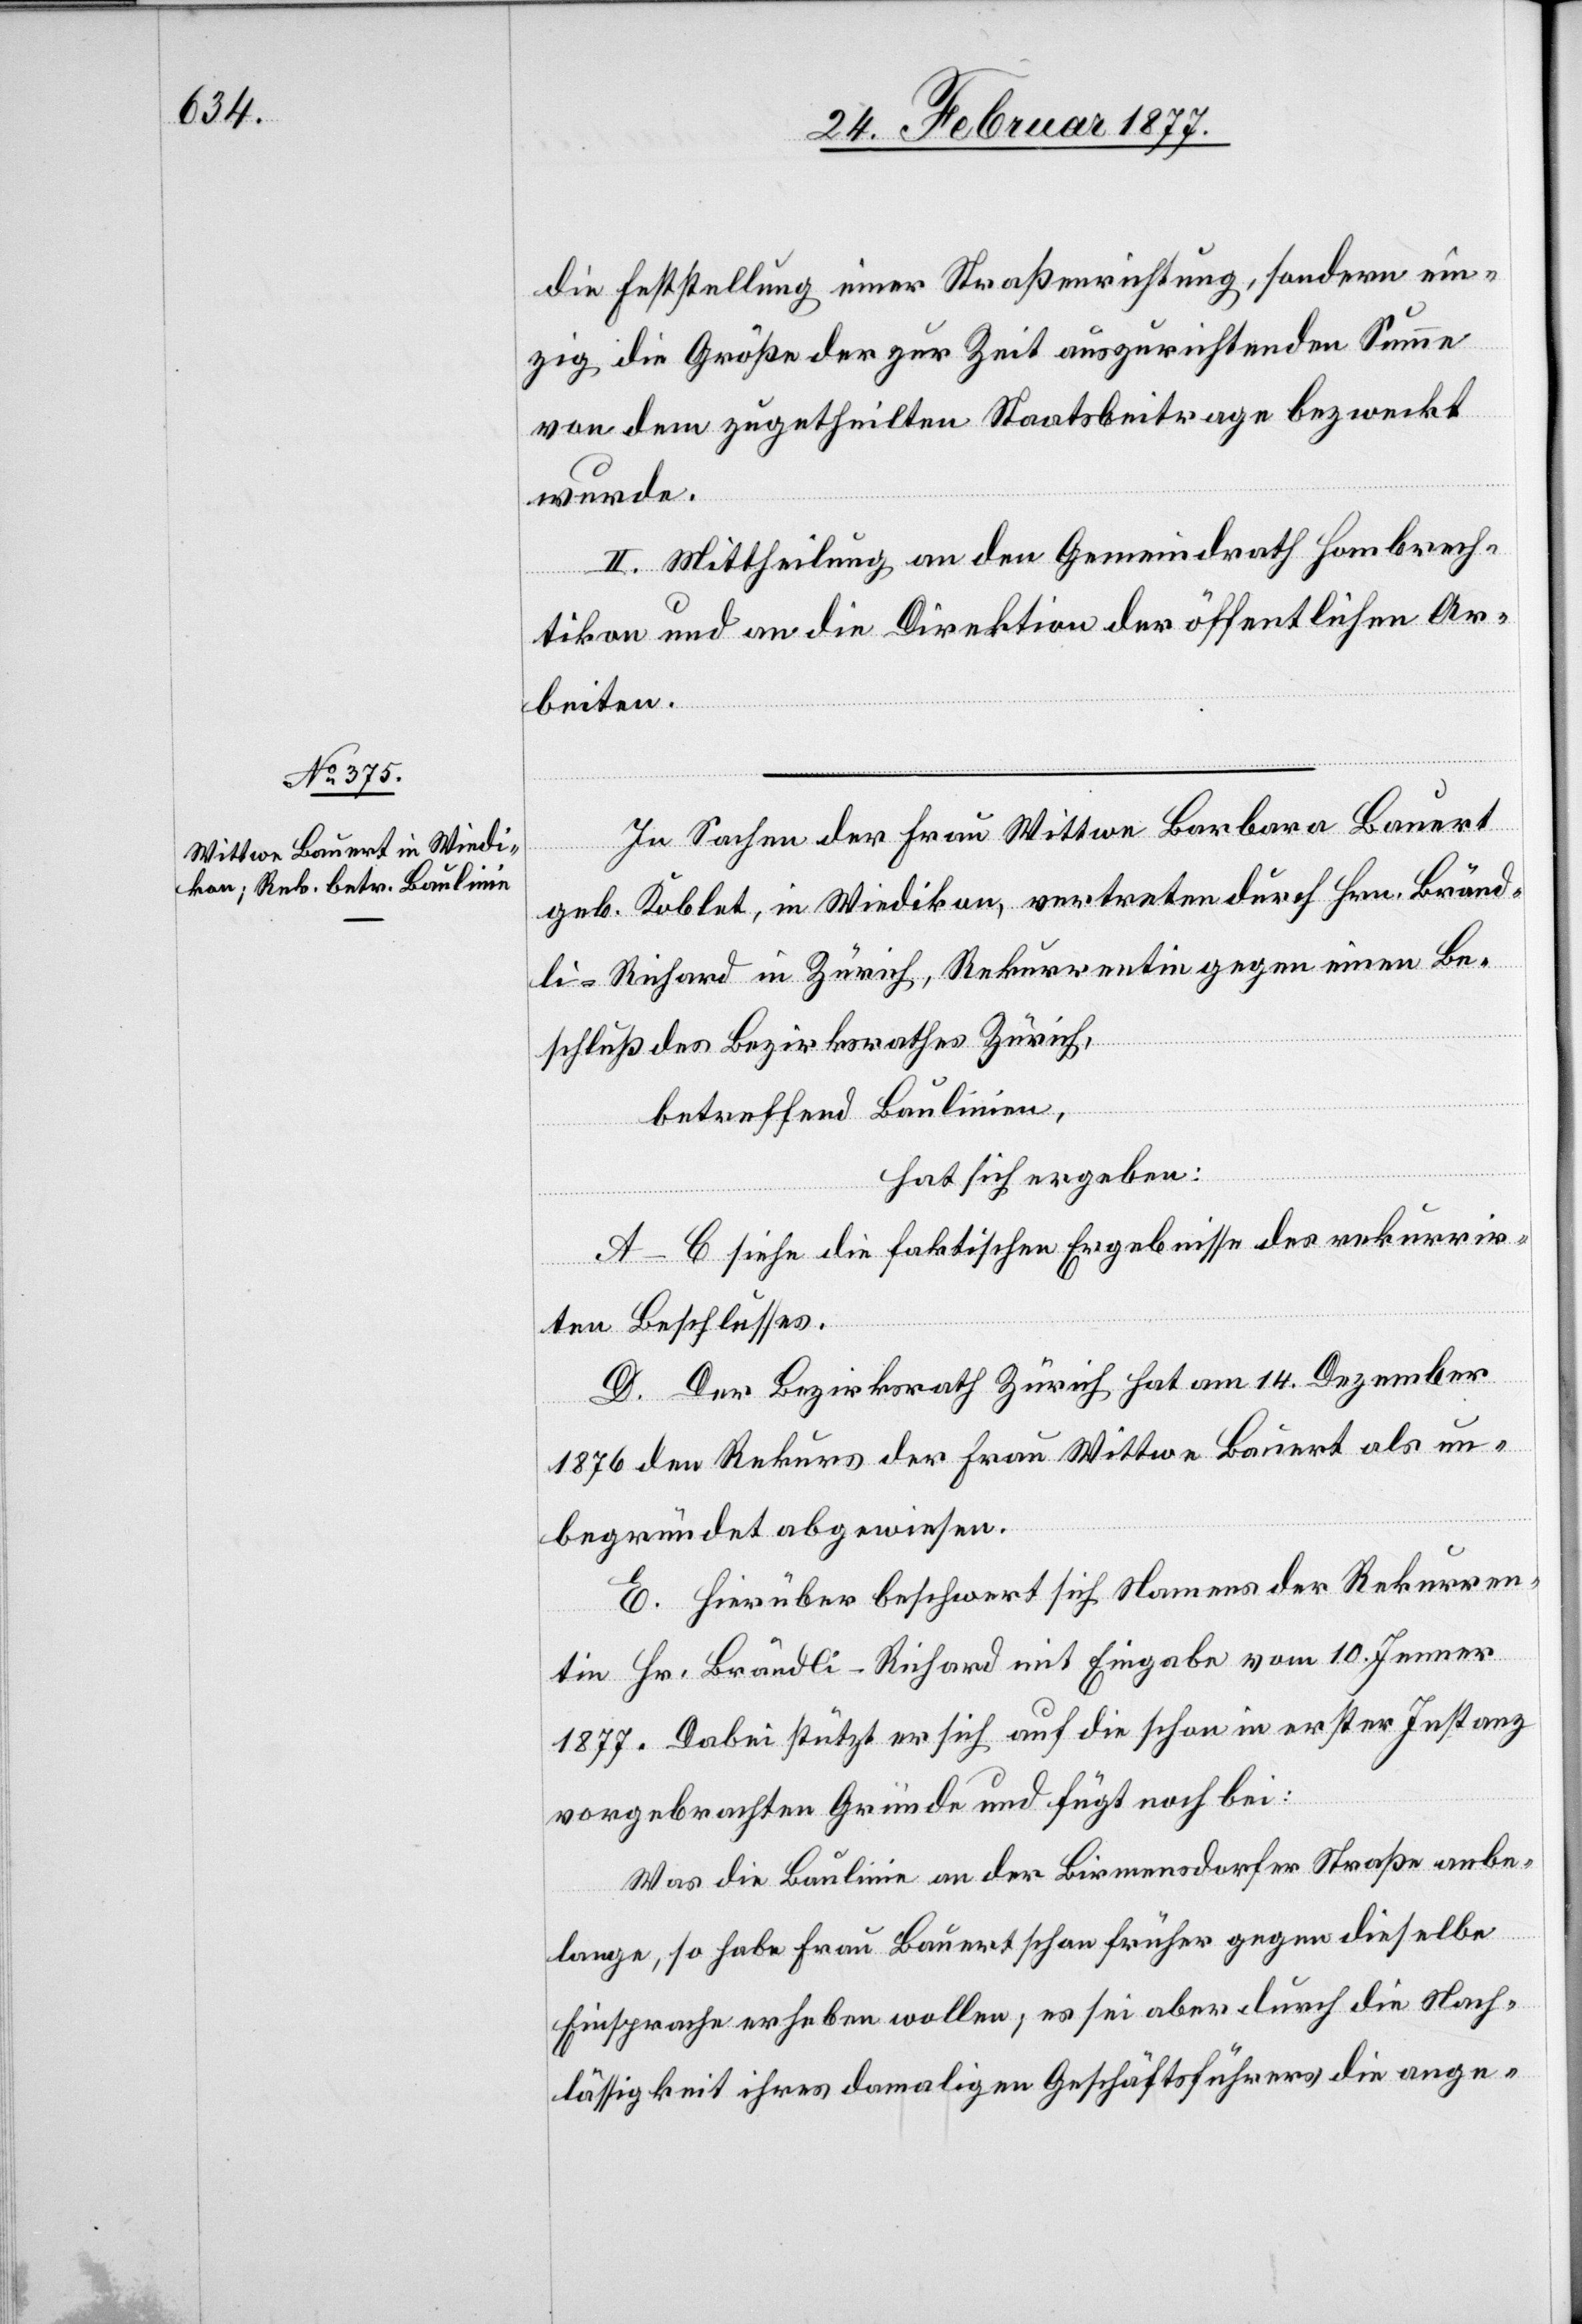
die Feststellung einer Straßenrichtung, sondern ein¬
zig die Größe der zur Zeit auszurichtenden Summe
von dem zugetheilten Staatsbeitrage bezweckt
wurde.
II. Mittheilung an den Gemeindrath Hombrech¬
tikon und an die Direktion der öffentlichen Ar¬
beiten.
In Sachen der Frau Wittwe Barbara Bauert
geb. Koblet, in Wiedikon, vertreten durch Hrn. Bränd¬
li-Richard in Zürich, Rekurrentin gegen einen Be¬
schluß des Bezirksrathes Zürich,
betreffend Baulinie,
hat sich ergeben:
A–C siehe die faktischen Ergebnisse des rekurrir¬
ten Beschlusses.
D. Der Bezirksrath Zürich hat am 14. Dezember
1876 den Rekurs der Frau Wittwe Bauert als un¬
begründet abgewiesen.
E. Hierüber beschwert sich Namens der Rekurren¬
tin Hr. Brändli-Richard mit Eingabe vom 10. Jenner
1877. Dabei stützt er sich auf die schon in erster Instanz
vorgebrachten Gründe und fügt noch bei:
Was die Baulinie an der Birmensdorfer Straße anbe¬
lange, so habe Frau Bauert schon früher gegen dieselbe
Einsprache erheben wollen; es sei aber durch die Nach¬
lässigkeit ihres damaligen Geschäftsführers die ange-